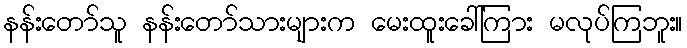
နန်းတော်သူ နန်းတော်သားများက မေးထူးခေါ်ကြား မလုပ်ကြဘူး။